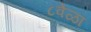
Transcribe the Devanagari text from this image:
८वेळा